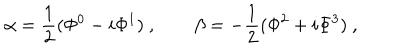
\alpha = \frac 1 2 ( \Phi ^ { 0 } - i \Phi ^ { 1 } ) \ , \qquad \beta = - \frac 1 2 ( \Phi ^ { 2 } + i \Phi ^ { 3 } ) \ , \qquad